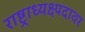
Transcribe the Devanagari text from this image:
राष्ट्राध्यक्ष्पदावर